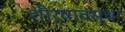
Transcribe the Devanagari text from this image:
शीर्षावस्था